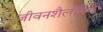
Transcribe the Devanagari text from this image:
जीवनशैलीनेच